Investigations into the jail dietaries of the United Provinces with some observations on the influence of dietary on the physical development and well-being of the people of the United Provinces - Number 48
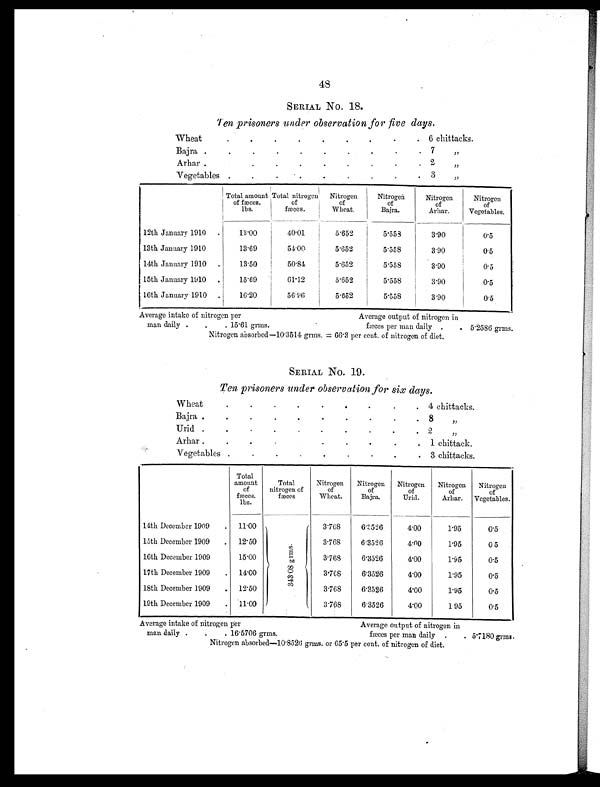
48
SERIAL No. 18.
Ten prisoners under observation for five days.
Wheat
.
.
.
.
.
.
.
. . 6 chittacks.
Bajra
. .
.
.
.
.
.
.
.
. 7
„
Arhar .
.
.
.
.
.
.
.
.
. 2
„
Vegetables .
.
.
. .
.
.
.
. 3
„
Total amount
of fæces.
lbs.
Total nitrogen
of
fæces.
Nitrogen
of
Wheat.
Nitrogen
of
Bajra.
Nitrogen
of
Arhar.
Nitrogen
of
Vegetables.
12th January 1910
.
13.00
40.01
5.652
5.553
3.90
0.5
13th January 1910
.
13.69
54.00
5.652
5.558
3.90
0.5
14th January 1910
.
13.50
50.84
5.652
5.558
3.90
0.5
15th January 1910
.
15.69
61.12
5.652
5.558
3.90
0.5
16th January 1910 .
16.20
56.96
5.652
5.558
3.90
0.5
Average intake of nitrogen per
Average output of nitrogen in
man daily .
.
. 15.61 grms.
f æ c e s p e r m a n d a i l y
.
. 5.2586 grms.
Nitrogen absorbed—10.3514 grms. = 66.3 per cent. of nitrogen of diet.
SERIAL No. 19.
Ten prisoners under observation for six days.
Wheat
.
.
.
.
.
.
.
. . 4 chittacks.
Bajra
. .
.
.
.
.
.
.
.
. 8
„
Urid
. .
.
.
.
.
.
.
.
. 2
„
Arhar
. .
.
.
.
.
.
.
. 1 chittack.
Vegetables
.
.
.
.
.
.
.
.
. 3 chittacks.
Total
amount
of
fæces.
lbs.
Total
nitrogen of
fæces
Nitrogen
of
Wheat.
Nitrogen
of
Bajra.
Nitrogen
of
Urid.
Nitrogen
of
Arhar.
Nitrogen
of
Vegetables.
14th December 1909
.
11.00
3 4 3 . 0 8 g r m s .
3.768
6.3526
4.00
1.95
0.5
15th December 1909
.
12.50
3.768
6.3526
4.00
1.95
0 5
16th December 1909
. 15.00
3.768
6.3526
4.00
1.95
0.5
17th December 1909
.
14.00
3.768
6.3526
4.00
1.95
0.5
18th December 1909
. 12.50
3.768
6.3526
4.00
1.95
0.5
19th December 1909
.
11.00
3.768
6.3526
4.00
1 95
0.5
Average intake of nitrogen per
Average output of nitrogen in
man daily .
.
. 16.5706 grms.
fæces per man daily .
. 5.7180grms.
Nitrogen absorbed—10.8526 grms. or 65.5 per cent. of nitrogen of diet.